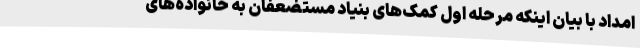
امداد با بیان اینکه مرحله اول کمک‌های بنیاد مستضعفان به خانواده‌های